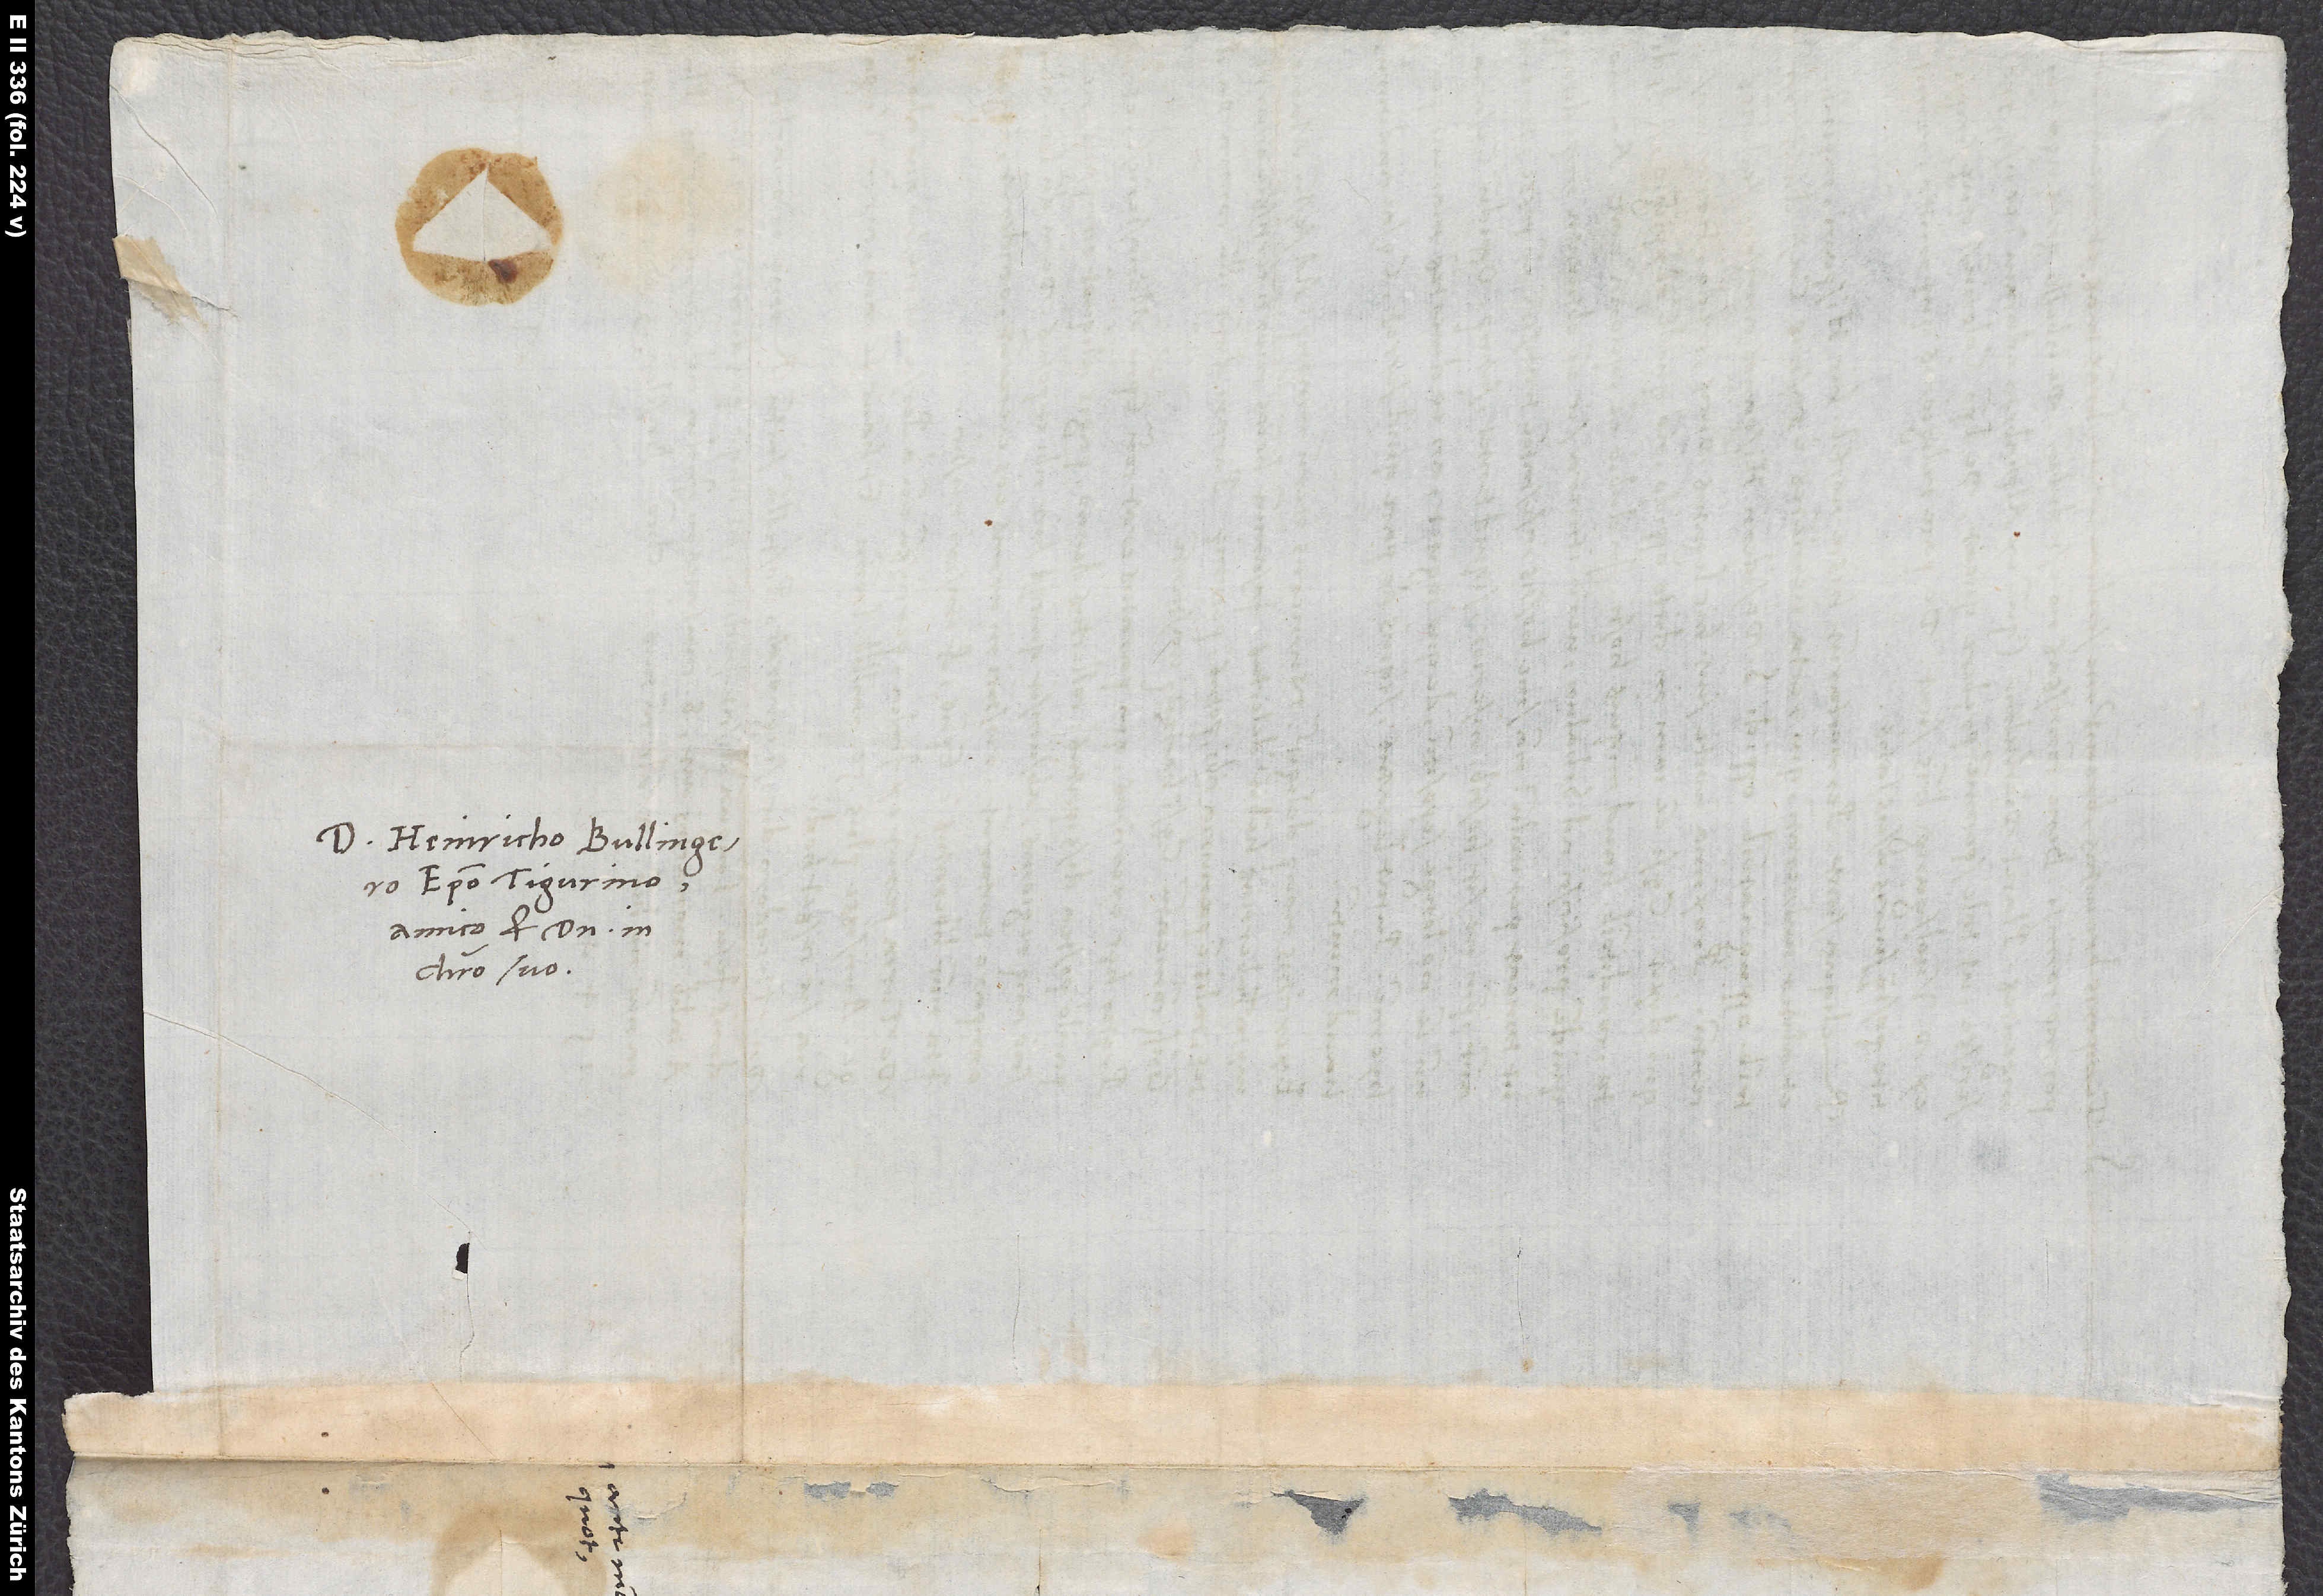
Heinricho Bullingero,
episcopo Tigurino,
amico et domino in
Christo suo.